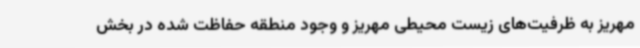
مهریز به ظرفیت‌های زیست محیطی مهریز و وجود منطقه حفاظت شده در بخش